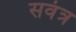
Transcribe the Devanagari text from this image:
सवंत्र